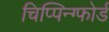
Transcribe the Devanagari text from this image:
चिप्पिन्ग्फोर्ड